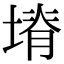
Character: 塉